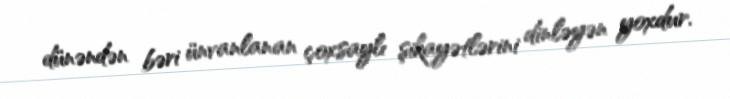
dünəndən bəri ünvanlanan çoxsaylı şikayətlərini dinləyən yoxdur.